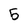
Character: 5